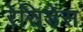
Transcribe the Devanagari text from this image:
रेसिडेंस